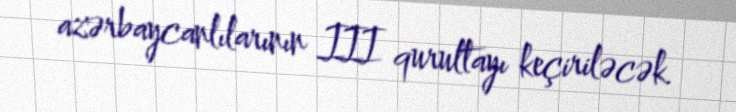
azərbaycanlılarının III qurultayı keçiriləcək.